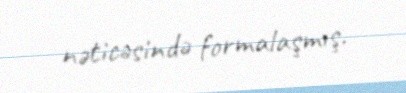
nəticəsində formalaşmış.